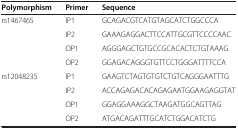
| Polymorphism | Primer | Sequence |
 | --- | --- | --- |
 | <ROWSPAN=4> rs1467465 | IP1 | GCAGACGTCATGTAGCATCTGGCCCA |
 | IP2 | GAAAGAGGACTTCCATTGCGTTCCCCAAC |
 | OP1 | AGGGAGCTGTGCCGCACACTCTGTAAAG |
 | OP2 | GGAGACAGGGTGTTCCTGGGATTTTCCA |
 | <ROWSPAN=4> rs12048235 | IP1 | GAAGTCTAGTGTGTCTGTCAGGGAATTTG |
 | IP2 | ACCAGAGACACAGAGAATGGAAGAGGTAT |
 | OP1 | GGAGGAAAGGCTAAGATGGCAGTTAG |
 | OP2 | ATGACAGATTTGCATCTGGACATCTG |